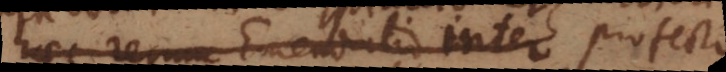
haec rerum Emendatio inter haec